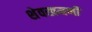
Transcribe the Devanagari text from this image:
शेवखमणी